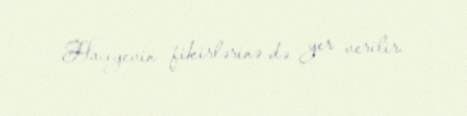
Hacıyevin fikirlərinə də yer verilir.